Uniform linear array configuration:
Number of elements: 4
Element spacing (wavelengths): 0.5
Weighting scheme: exponential
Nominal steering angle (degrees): -45
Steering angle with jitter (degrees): -43.397
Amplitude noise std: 0.05
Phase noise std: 0.05

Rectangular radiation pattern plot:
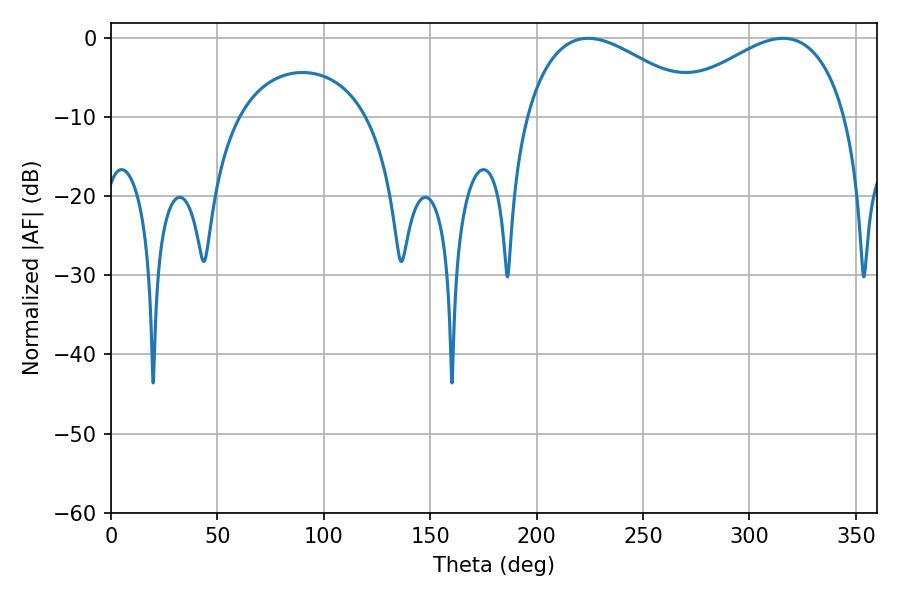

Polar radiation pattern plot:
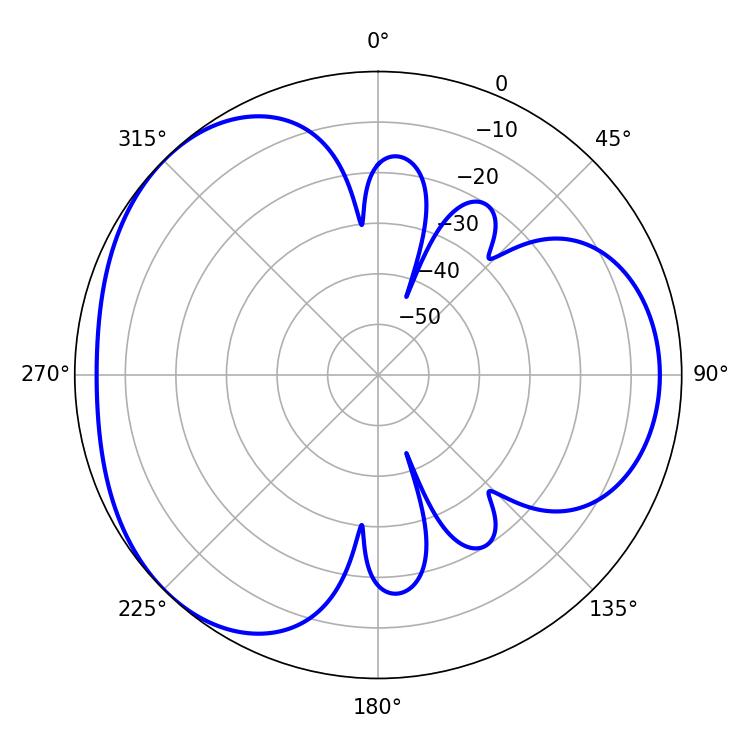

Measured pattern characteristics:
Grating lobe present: FALSE
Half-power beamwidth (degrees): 45.9
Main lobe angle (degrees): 224.28